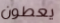
يعطون